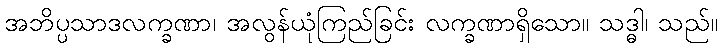
အဘိပ္ပသာဒလက္ခဏာ၊ အလွန်ယုံကြည်ခြင်း လက္ခဏာရှိသော။ သဒ္ဓါ၊ သည်။